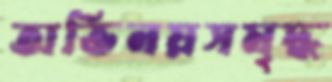
অভিনয়সমৃদ্ধ